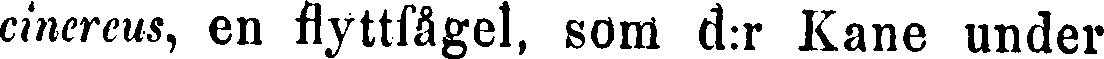
cinereus, en flyttfågel, som d:r Kane under